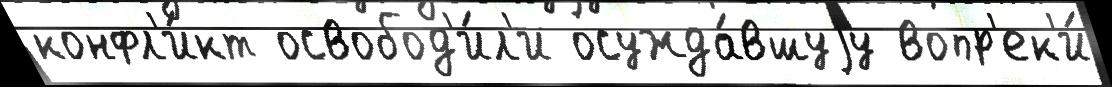
конфл'и́кт освобод'и́л'и осужда́вшуjу вопр'ек'и́